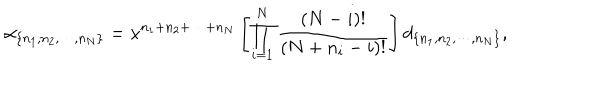
\alpha _ { \{ n _ { 1 } , n _ { 2 } , \cdots , n _ { N } \} } = x ^ { n _ { 1 } + n _ { 2 } + \cdots + n _ { N } } \left[ \prod _ { i = 1 } ^ { N } \frac { ( N - i ) ! } { ( N + n _ { i } - i ) ! } \right] d _ { \{ n _ { 1 } , n _ { 2 } , \cdots , n _ { N } \} } ,